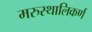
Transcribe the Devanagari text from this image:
मरुस्थालिकर्ण